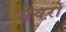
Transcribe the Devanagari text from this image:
सेवरों